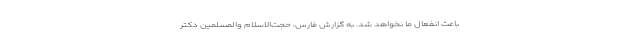
باعث انفعال ما نخواهد شد. به گزارش فارس، حجت‌الاسلام والمسلمین دکتر